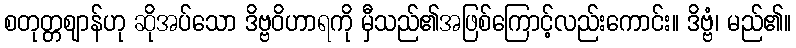
စတုတ္တဈာန်ဟု ဆိုအပ်သော ဒိဗ္ဗဝိဟာရကို မှီသည်၏အဖြစ်ကြောင့်လည်းကောင်း။ ဒိဗ္ဗံ၊ မည်၏။